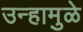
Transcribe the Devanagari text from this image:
उन्हामुळे